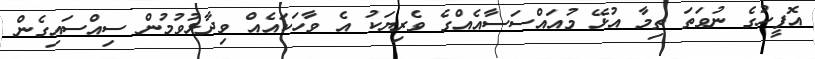
އޮފީހުގެ ނުވަތަ ތިމާ އުޅޭ މުއައްސަސާއެއްގެ ވެރިޔަކު އެ ވާހަކައެއް ވިދާޅުވުމުން ސިއްސައިގެން